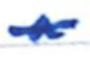
Text: a
Cross-out: single-line
Writing tool: ballpoint